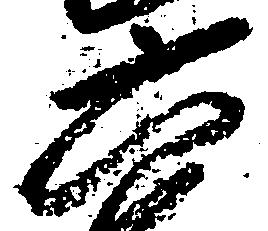
六